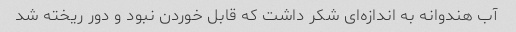
آب هندوانه به اندازه‌ای شکر داشت که قابل خوردن نبود و دور ریخته شد